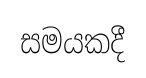
සමයකදී